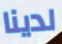
لدينا